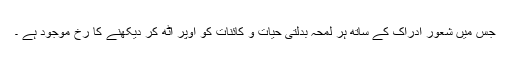
جس میں شعور ادراک کے ساتھ ہر لمحہ بدلتی حیات و کائنات کو اوپر اٹھ کر دیکھنے کا رخ موجود ہے ۔